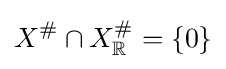
X^{\#}\cap X_{\mathbb {R} }^{\#}=\{0\}